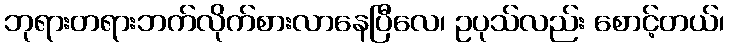
ဘုရားတရားဘက်လိုက်စားလာနေပြီလေ၊ ဥပုသ်လည်း စောင့်တယ်၊